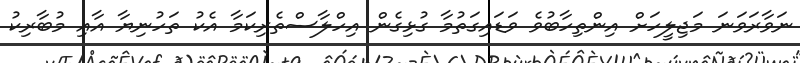
ނަވާރަވަނަ މަޖިލީހަށް އިންތިހާބުވެ ވަޑައިގަތުމާ ގުޅިގެން އިހްލާސްތެރިކަމާ އެކު ތަހުނިޔާ އާއި މުބާރިކު